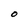
Character: O